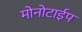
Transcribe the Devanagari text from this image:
मोनोटाईप